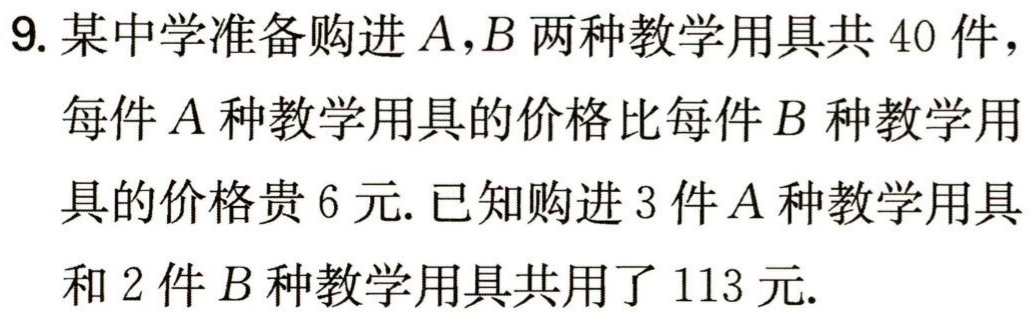
9. 某中学准备购进\(A,B\)两种教学用具共\(40\)件，每件\(A\)种教学用具的价格比每件\(B\)种教学用具的价格贵\(6\)元. 已知购进\(3\)件\(A\)种教学用具和\(2\)件\(B\)种教学用具共用了\(113\)元.